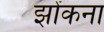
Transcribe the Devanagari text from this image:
झोंकना